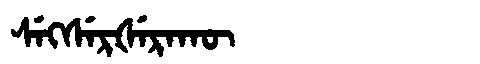
Manchu: ᠰᡝᡴᠰᡝᡵᡧᡝᡵᠠᡴᡡ
Romanization: SEKSERŠERAKŪ